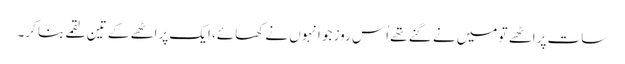
سات پراٹھے تو میں نے گنے تھے اُس روز جو انہوں نے کھائے، ایک پراٹھے کے تین لقمے بنا کر۔